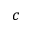
c